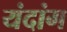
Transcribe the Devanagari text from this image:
यंदांग